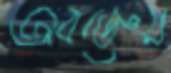
অবজ্ঞেয়